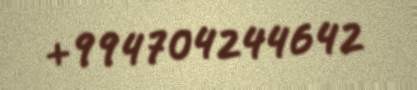
+994704244642